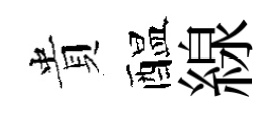
貴醖線